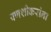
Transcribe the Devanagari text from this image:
पणशीकरांना